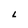
Character: L